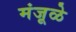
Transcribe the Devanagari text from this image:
मंजूळे